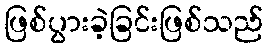
ဖြစ်ပွားခဲ့ခြင်းဖြစ်သည်